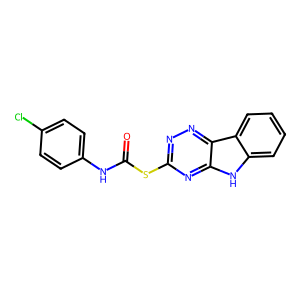
SMILES: O=C(Nc1ccc(Cl)cc1)Sc1nnc2c(n1)[nH]c1ccccc12
Inhibits HIV replication: Yes